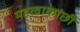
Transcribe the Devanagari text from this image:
महत्वाकांछी